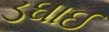
ડઘાઈ